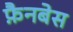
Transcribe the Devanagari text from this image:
फ़ैनबेस